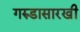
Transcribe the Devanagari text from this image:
गरुडासारखी